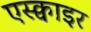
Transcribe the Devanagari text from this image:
एस्क्वाइर